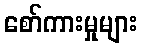
စော်ကားမှုများ